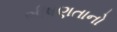
ભીષણતાનો